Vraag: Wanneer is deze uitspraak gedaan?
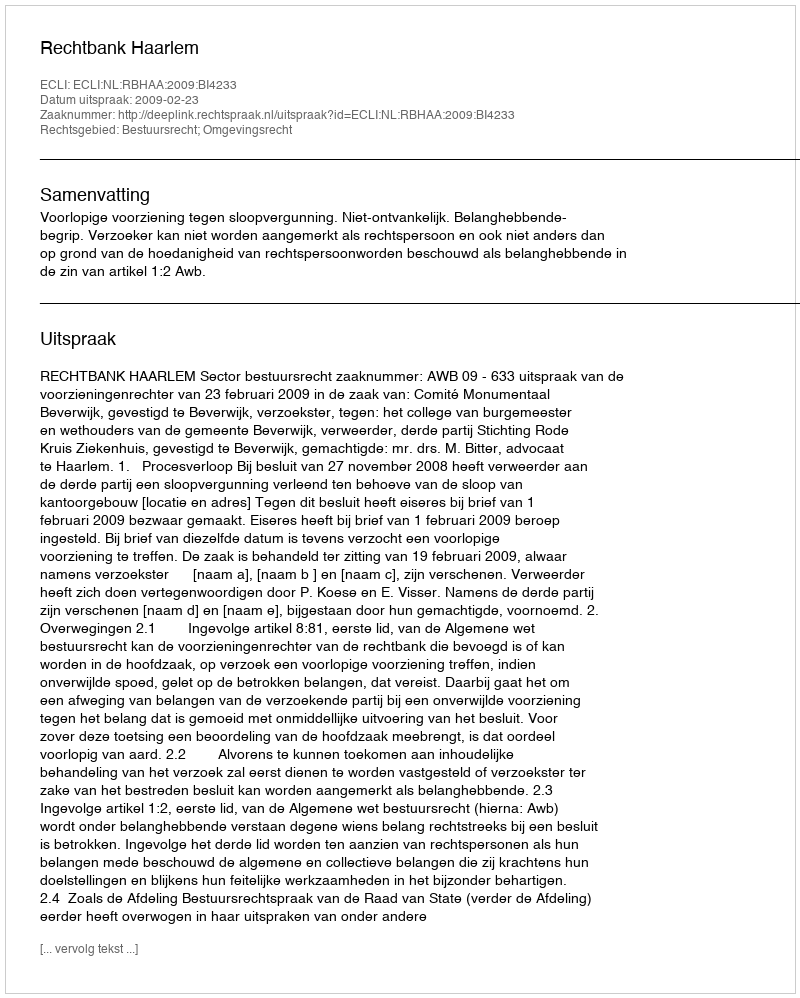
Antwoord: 2009-02-23